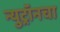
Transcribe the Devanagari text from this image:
न्युट्रॉनचा